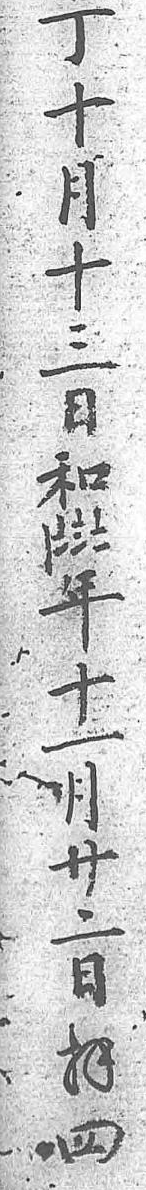
丁十月十三日和〡〧〨〧年十一月廿二日拜四